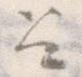
召